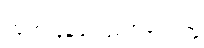
ထုတ်ပြန်ကြေညာခဲ့သည့်